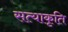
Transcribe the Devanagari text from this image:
सत्याकृति